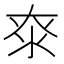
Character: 𰛖